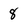
Character: 8